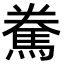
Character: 駦